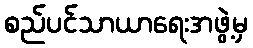
စည်ပင်သာယာရေးအဖွဲ့မှ